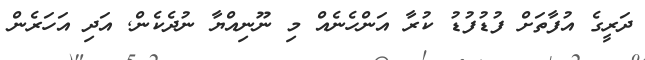
ދަރީގެ އުފާތަށް ފުޑުފުޑު ކުރާ އަންހެނެއް މި ނޫނިއްޔާ ނުދެކެން